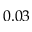
0 . 0 3